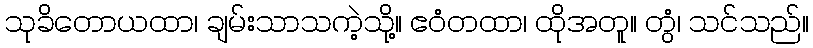
သုခိတောယထာ၊ ချမ်းသာသကဲ့သို့။ ဧဝံတထာ၊ ထိုအတူ။ တွံ၊ သင်သည်။